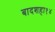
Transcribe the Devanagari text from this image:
बादशहा१४